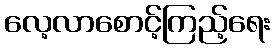
လေ့လာစောင့်ကြည့်ရေး